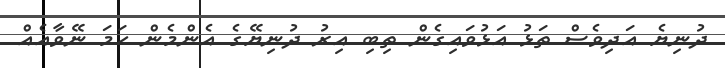
ދުނިޔެ އަދިވެސް ތަޅު އަޅުވައިގެން ތިބި އިރު ދުނިޔޭގެ އެންމެން ހަމަ ނޭވާއެއް